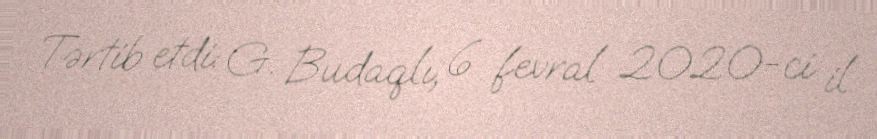
Tərtib etdi: G. Budaqlı, 6 fevral 2020-ci il